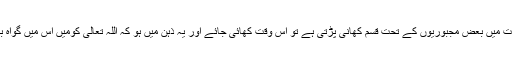
بعض حالات میں بعض مجبوریوں کے تحت قسم کھانی پڑتی ہے تو اس وقت کھائی جائے اور یہ ذہن میں ہو کہ اللہ تعالیٰ کومَیں اس میں گواہ بنا رہا ہوں۔